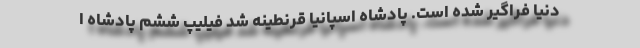
دنیا فراگیر شده است. پادشاه اسپانیا قرنطینه شد فیلیپ ششم پادشاه ا